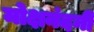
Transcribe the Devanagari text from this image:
मोक्षनंदनी